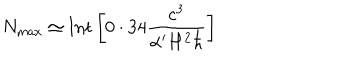
N _ { \mathrm { m a x } } \simeq \mathrm { I n t } \left\lbrack 0 \cdot 3 4 \frac { c ^ { 3 } } { \alpha ^ { \prime } H ^ { 2 } \hbar } \right\rbrack